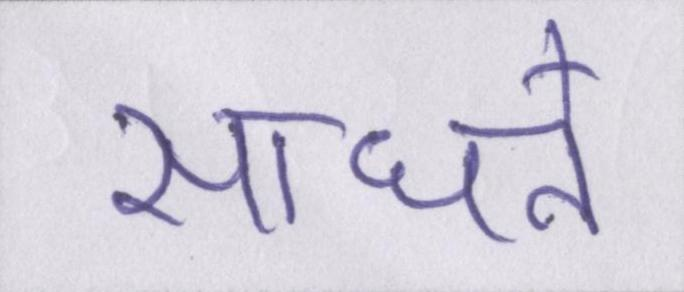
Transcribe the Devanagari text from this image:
साधने